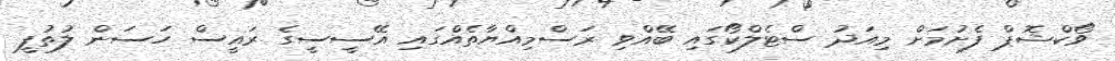
ވޯކްޝޮޕް ފެށުމަށް މިއަދު ސްޓެލްކޯގައި ބޭއްވި ރަސްމިއްޔާތެއްގައި އޭސީސީގެ ރައީސް ހަސަން ލުތުފީ